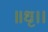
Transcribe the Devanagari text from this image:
॥धृ।।